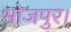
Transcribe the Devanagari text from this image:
भोजपुर।